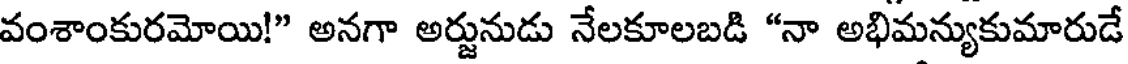
వంశాంకురమోయి!" అనగా అర్జునుడు నేలకూలబడి "నా అభిమన్యుకుమారుడే